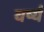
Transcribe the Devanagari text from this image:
वर्ष्य